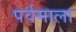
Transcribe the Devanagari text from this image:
पर्वमाला